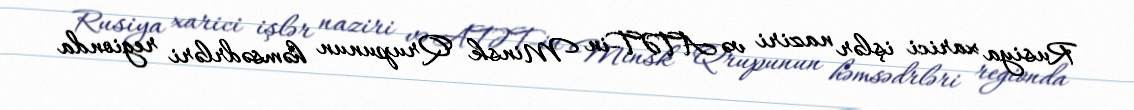
Rusiya xarici işlər naziri və ATƏT-in Minsk Qrupunun həmsədrləri regionda